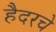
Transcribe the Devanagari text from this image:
हैदरचे